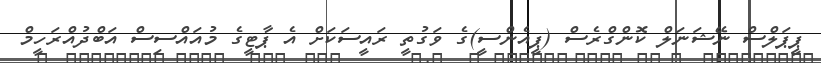
ޕީޕަލްސް ނޭޝަނަލް ކޮންގްރެސް (ޕީއެންސީ)ގެ ވަގުތީ ރައީސަކަށް އެ ޕާޓީގެ މުއައްސިސް އަބްދުއްރަހީމް